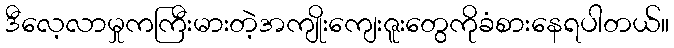
ဒီလေ့လာမှုကကြီးမားတဲ့အကျိုးကျေးဇူးတွေကိုခံစားနေရပါတယ်။